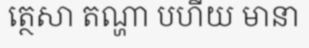
ត្ថេសា តណ្ហា បហីយ មានា